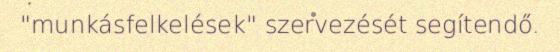
"munkásfelkelések" szervezését segítendő.